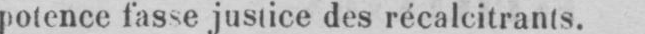
potence fasse justice des récalcitrants.